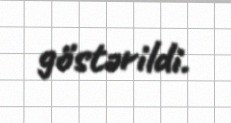
göstərildi.